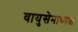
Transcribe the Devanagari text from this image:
वायुसेनाध्यक्ष